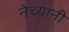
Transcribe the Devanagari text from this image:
नेच्यानी